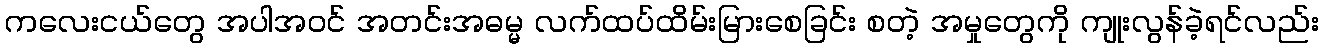
ကလေးငယ်တွေ အပါအဝင် အတင်းအဓမ္မ လက်ထပ်ထိမ်းမြားစေခြင်း စတဲ့ အမှုတွေကို ကျုးလွန်ခဲ့ရင်လည်း